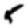
Digit: 5